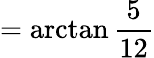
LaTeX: =\arctan{\frac{5}{12}}